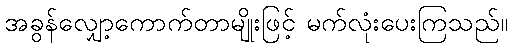
အခွန်လျှော့ကောက်တာမျိုးဖြင့် မက်လုံးပေးကြသည်။